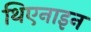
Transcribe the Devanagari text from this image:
थिएनाइन